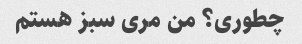
چطوری؟ من مری سبز هستم